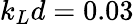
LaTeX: k_{L}d=0.03